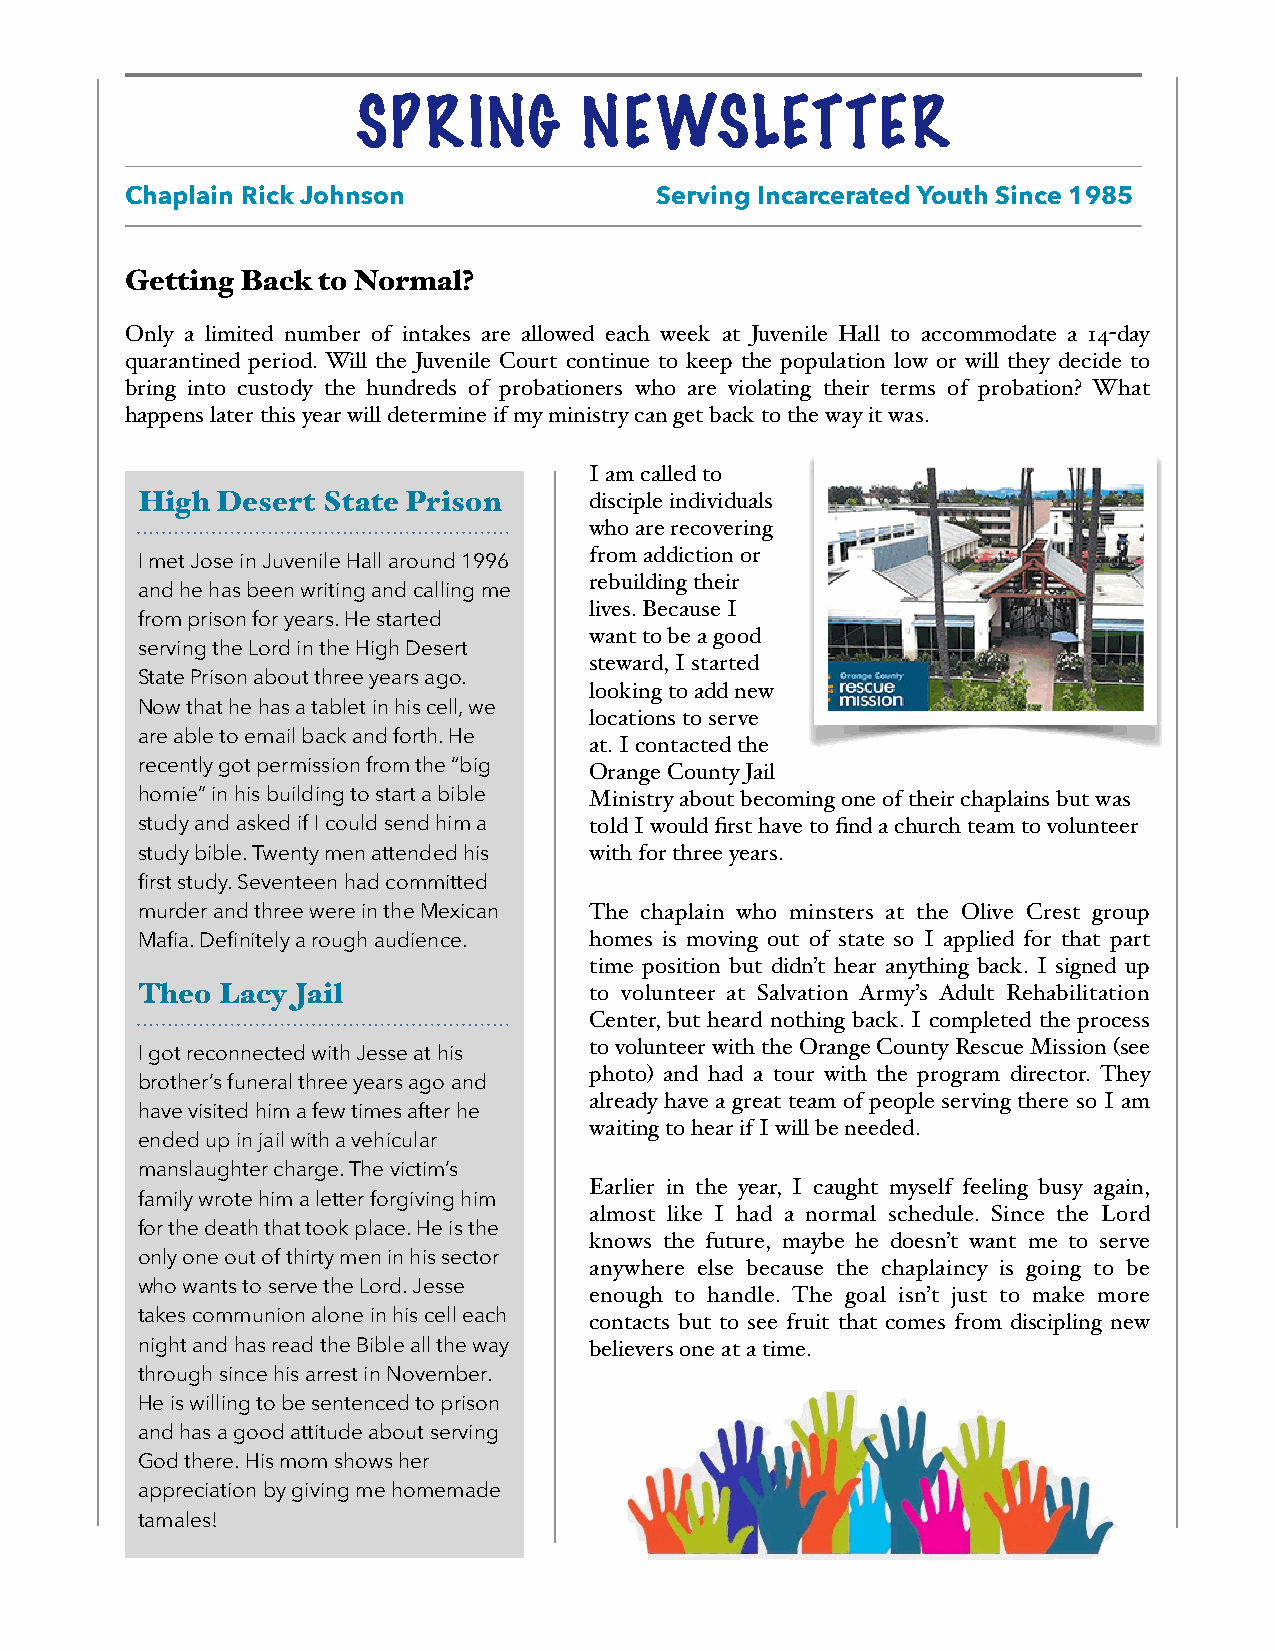
SPRING        NEWSLETTER
 Chaplain Rick Johnson              Serving Incarcerated Youth Since 1985
 Getting Back to Normal?
 Only a limited number of intakes are allowed each week at Juvenile Hall to accommodate a 14-day
 quarantined period. Will the Juvenile Court continue to keep the population low or will they decide to
 bring into custody the hundreds of probationers who are violating their terms of probation? What
 happens later this year will determine if my ministry can get back to the way it was.
 I am called to
 High Desert State Prison      disciple individuals
 who are recovering
 from addiction or
 I met Jose in Juvenile Hall around 1996
 rebuilding their
 and he has been writing and calling me
 lives. Because I
 from prison for years. He started
 want to be a good
 serving the Lord in the High Desert
 steward, I started
 State Prison about three years ago.
 looking to add new
 Now that he has a tablet in his cell, we
 locations to serve
 are able to email back and forth. He at. I contacted the
 recently got permission from the “big Orange County Jail
 homie” in his building to start a bible Ministry about becoming one of their chaplains but was
 study and asked if I could send him a told I would first have to find a church team to volunteer
 study bible. Twenty men attended his with for three years.
 first study. Seventeen had committed
 murder and three were in the Mexican The chaplain who minsters at the Olive Crest group
 Mafia. Definitely a rough audience. homes is moving out of state so I applied for that part
 time position but didn’t hear anything back. I signed up
 Theo Lacy Jail                to volunteer at Salvation Army’s Adult Rehabilitation
 Center, but heard nothing back. I completed the process
 to volunteer with the Orange County Rescue Mission (see
 I got reconnected with Jesse at his
 photo) and had a tour with the program director. They
 brother’s funeral three years ago and
 already have a great team of people serving there so I am
 have visited him a few times after he
 waiting to hear if I will be needed.
 ended up in jail with a vehicular
 manslaughter charge. The victim’s
 Earlier in the year, I caught myself feeling busy again,
 family wrote him a letter forgiving him
 almost like I had a normal schedule. Since the Lord
 for the death that took place. He is the
 knows the future, maybe he doesn’t want me to serve
 only one out of thirty men in his sector
 anywhere else because the chaplaincy is going to be
 who wants to serve the Lord. Jesse enough to handle. The goal isn’t just to make more
 takes communion alone in his cell each contacts but to see fruit that comes from discipling new
 night and has read the Bible all the way believers one at a time.
 through since his arrest in November.
 He is willing to be sentenced to prison
 and has a good attitude about serving
 God there. His mom shows her
 appreciation by giving me homemade
 tamales!